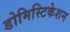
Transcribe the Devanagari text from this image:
डोमिस्टिकेशन